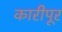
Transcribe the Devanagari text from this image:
कारीपूर